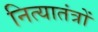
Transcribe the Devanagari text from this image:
नित्यातंत्रों